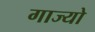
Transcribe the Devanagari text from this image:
गाज्यो